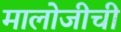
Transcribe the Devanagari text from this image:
मालोजीची